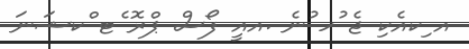
އ ިކއެކި ޖެ ުހ ުނެ .އއީ ފޯސް ޕްރޮ ެޓ ްކޝަނަ